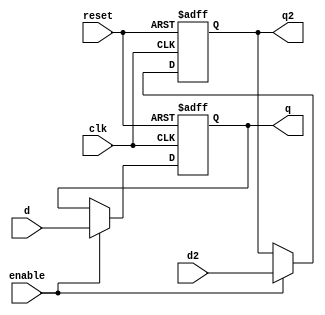
`timescale 1ns / 1ps
//////////////////////////////////////////////////////////////////////////////////
// Company: 
// Engineer: 
// 
// Design Name: 
// Module Name:    registro 
// Project Name: 
// Target Devices: 
// Tool versions: 
// Description: 
//
// Dependencies: 
//
// Revision: 
// Revision 0.01 - File Created
// Additional Comments: 
//
//////////////////////////////////////////////////////////////////////////////////
module registro (
	input wire clk,reset,enable,
	input wire d,
	output reg q,
	input wire [7:0] d2,
	output reg [7:0] q2);
	 
	
	always @(posedge clk or posedge reset ) begin
			if (reset) 
				q <= 1'd0;			
			else	if(enable) 
				q <= d;						
			
	end	
		
	always @(posedge clk or posedge reset ) begin		
			if (reset) 		
				q2 <= 8'd0;
			else if(enable) 	
				q2 <= d2;			
		 
	
	end
endmodule